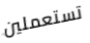
تستعملين